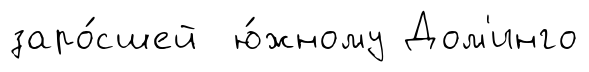
заро́сшей ю́жному Дом'инго